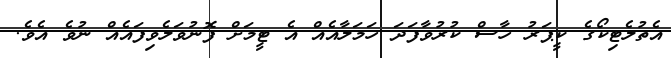
އެތުލެޓިކޯގެ ކީޕަރު ހާސް ކުރުވާފަދަ ހަމަލާއެއް އެ ޓީމަށް ފޮނުވަލެވިފައެއް ނުވެ އެވެ.